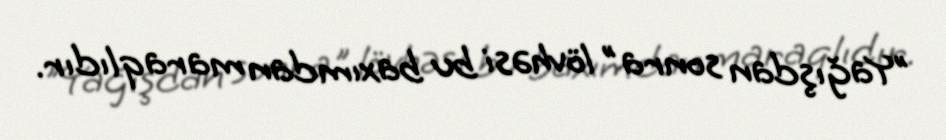
"Yağışdan sonra" lövhəsi bu baxımdan maraqlıdır.